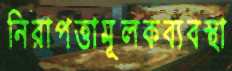
নিরাপত্তামূলকব্যবস্থা